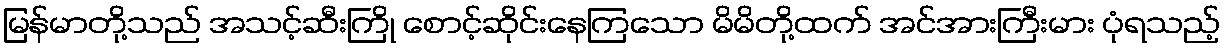
မြန်မာတို့သည် အသင့်ဆီးကြို စောင့်ဆိုင်းနေကြသော မိမိတို့ထက် အင်အားကြီးမား ပုံရသည့်